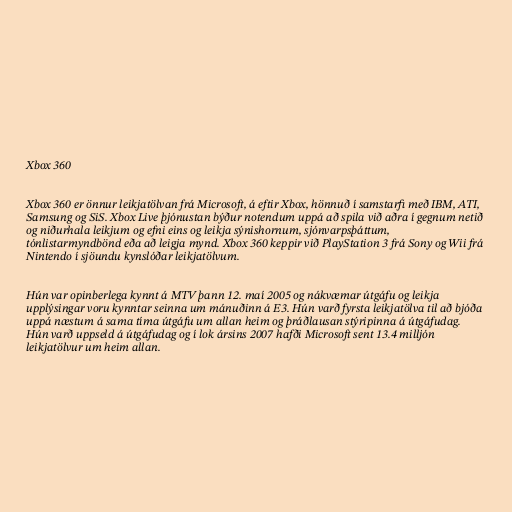
Xbox 360

Xbox 360 er önnur leikjatölvan frá Microsoft, á eftir Xbox, hönnuð í samstarfi með IBM, ATI,
Samsung og SiS. Xbox Live þjónustan býður notendum uppá að spila við aðra í gegnum netið
og niðurhala leikjum og efni eins og leikja sýnishornum, sjónvarpsþáttum,
tónlistarmyndbönd eða að leigja mynd. Xbox 360 keppir við PlayStation 3 frá Sony og Wii frá
Nintendo í sjöundu kynslóðar leikjatölvum.

Hún var opinberlega kynnt á MTV þann 12. maí 2005 og nákvæmar útgáfu og leikja
upplýsingar voru kynntar seinna um mánuðinn á E3. Hún varð fyrsta leikjatölva til að bjóða
uppá næstum á sama tíma útgáfu um allan heim og þráðlausan stýripinna á útgáfudag.
Hún varð uppseld á útgáfudag og í lok ársins 2007 hafði Microsoft sent 13.4 milljón
leikjatölvur um heim allan.